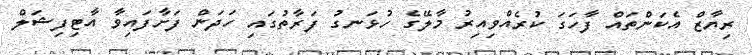
ރިޔާޒް އެކަންތައް ފާހަގަ ކުރެއްވިއިރު މާލޭގެ ހުޅަނގު ފަރާތުގައި ހަދަން ފަށާފައިވާ އާޓިފިޝަލް